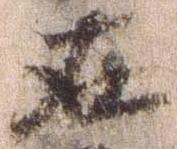
在